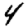
Digit: 4